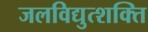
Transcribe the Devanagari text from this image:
जलविद्युत्शक्ति